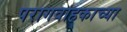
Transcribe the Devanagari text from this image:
परागवाहकाच्या